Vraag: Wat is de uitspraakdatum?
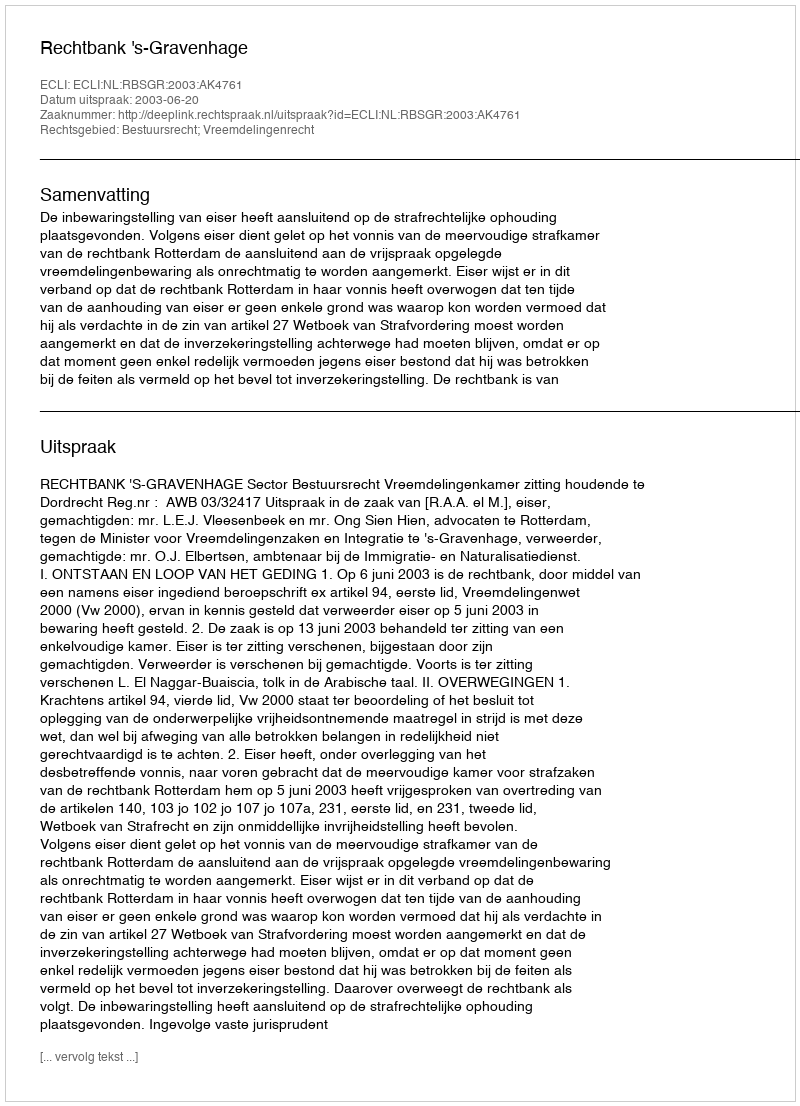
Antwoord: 2003-06-20